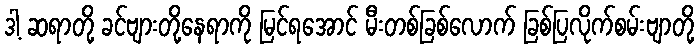
ဒါ့ ဆရာတို့ ခင်ဗျားတို့နေရာကို မြင်ရအောင် မီးတစ်ခြစ်လောက် ခြစ်ပြလိုက်စမ်းဗျာတို့